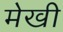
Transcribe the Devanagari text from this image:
मेखी